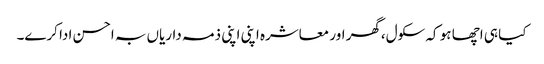
کیا ہی اچھا ہو کہ سکول،گھر اور معاشرہ اپنی اپنی ذمہ داریاں بہ احسن ادا کرے۔